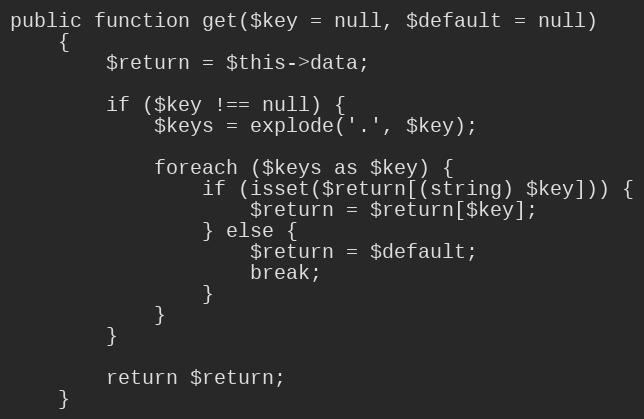
Language: PHP
public function get($key = null, $default = null)
	{
		$return = $this->data;

		if ($key !== null) {
			$keys = explode('.', $key);

			foreach ($keys as $key) {
				if (isset($return[(string) $key])) {
					$return = $return[$key];
				} else {
					$return = $default;
					break;
				}
			}
		}

		return $return;
	}